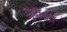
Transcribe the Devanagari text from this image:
पुंबीजों